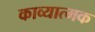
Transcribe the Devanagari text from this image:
काव्‍यात्‍मक